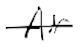
Text: Air
Cross-out: single-line
Writing tool: digital_black